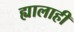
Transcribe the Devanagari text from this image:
ह्यालाही